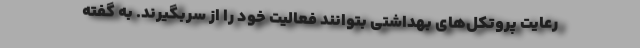
رعایت پروتکل‌های بهداشتی بتوانند فعالیت خود را از سربگیرند. به گفته